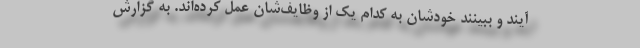
آیند و ببینند خودشان به کدام یک از وظایف‌شان عمل کرده‌اند. به گزارش